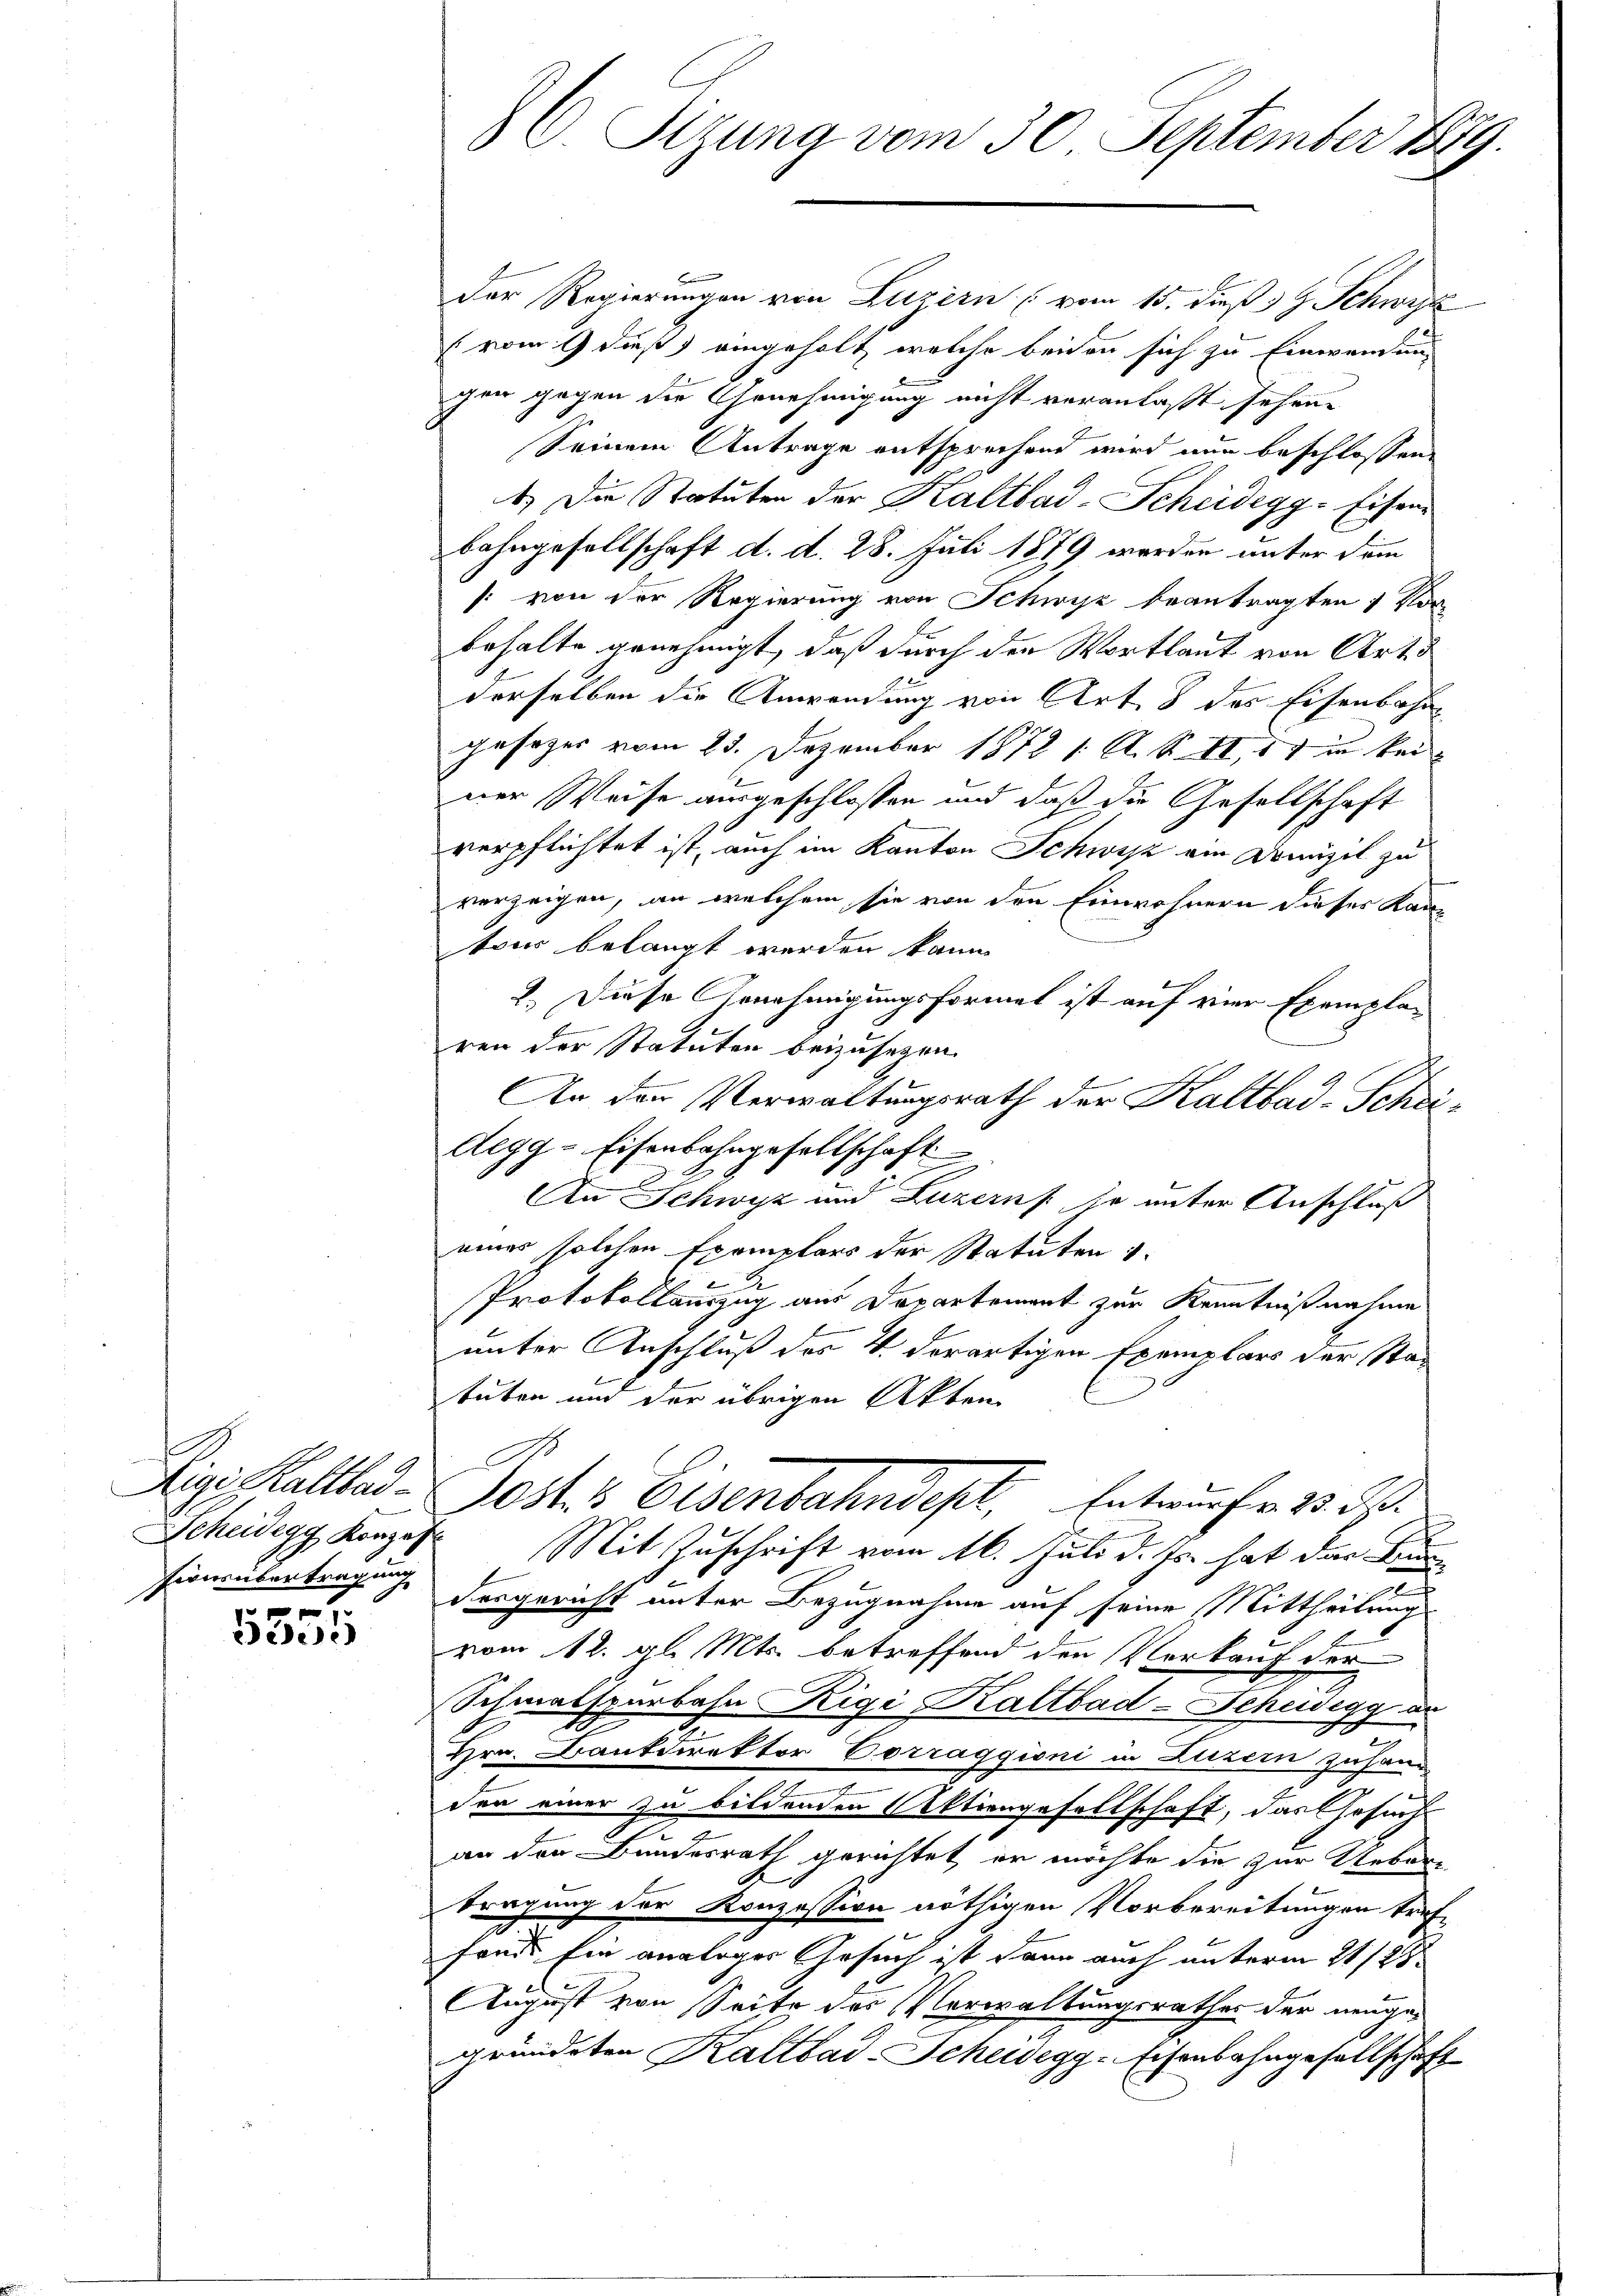
Rigi Kaltbar
tionsübertragung

5555

8 v. Stzung vom 30. September 1879

Der Regierungen von Luzern (vom 15. dieß 34. Schwyz
(vom 9 dieß) eingeholt, welche beiden sich zu Einwendung
cheer gegen die Genehmigung nicht veranlaßt sehen.
Seinem Antrage entsprechend wird nun beschlossene
1.) Die Statuten der Kaltbad-Scheidegg-Eisen
Bahngesellschaft d. d. 28. Juli 1879 werden unter dem
: von der Regierung von Schwyz beantragten 1 Mon
behalte genehmigt, daß durch den Wortlaut von Art.
derselben die Anwendung von Art. 8 des Eisenbahngesezes vom 23. Dezember 1872 1. A. S. II, 11 in keiner Weise ausgeschlossen und daß die Gesellschaft
verpflichtet ist, auch im Kanton Schwyz ein Domizil zu
vorzeigen, an welchem sie von den Einwohnern dieses Kantom belangt werden kann
2.) Diese Genehmigungsformel ist auf vier Exemplaren der Statuten beizusetzen.
An den Verwaltungsrath der Kaltbad-Schri¬
Aegg-Eisenbahngesellschaft
An Schwyz und Luzern je unter Anschluß
eines solchen Exemplars der Statuten
Protokollauszug aus Departement zur Kenntnißnahme
unter Anschluß des 4. derartigen Exemplars der Statuten und der übrigen Akten
ost. Eisenbahndept, Entwurfe 132.
Scheidegg, Konzes Mit Zuschrift vom 16. Juli d. Js. hat der Bun
desgericht unter Bezugnahme auf seine Mittheilung
vom 12. gl. Mts. betreffend den Vorkauf der
Schmalspurbahn Rigi Kaltbad-Schuldig an
F
Hrn. Bankdirektor Vorraggioni in Luzern zuhand
den einer zu bildenden Aktiengesellschaft, das Gesuchs
an den Bundesrath gerichtet, er möchte die zur Uebertragung der Konzession nöthigen Vorbereitungen treffonde Ein analoger Gesuch ist dann auch unterm 21/25.
August von Seite des Verwaltungsrathes der neuge
gründeten Kaltbad-Scheidegg-Eisenbahngesellschaft